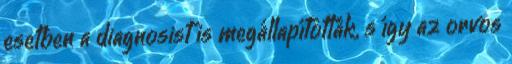
esetben a diagnosist is megállapították, s így az orvos